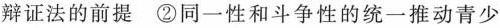
辩证法的前提 ②同一性和斗争性的统一推动青少